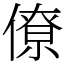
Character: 僚